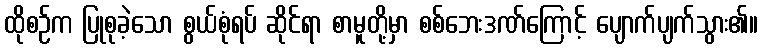
ထိုစဉ်က ပြုစုခဲ့သော စွယ်စုံရပ် ဆိုင်ရာ စာမူတို့မှာ စစ်ဘေးဒဏ်ကြောင့် ပျောက်ပျက်သွား၏။